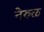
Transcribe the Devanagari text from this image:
नेरुळ